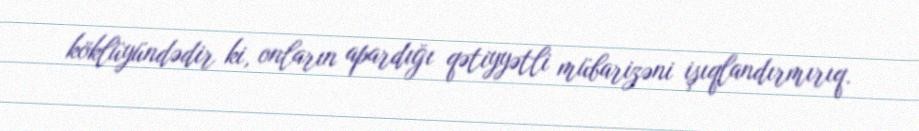
köklüyündədir ki, onların apardığı qətiyyətli mübarizəni işıqlandırmırıq.